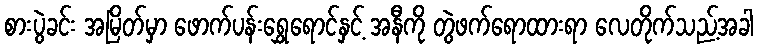
စားပွဲခင်း အမြိတ်မှာ ဖောက်ပန်းရွှေရောင်နှင့် အနီကို တွဲဖက်ရောထားရာ လေတိုက်သည့်အခါ